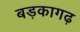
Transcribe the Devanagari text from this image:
बड़कागढ़